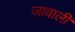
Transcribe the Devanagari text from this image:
जावाली